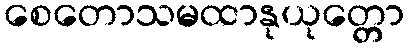
စေတောသမထာနုယုတ္တော